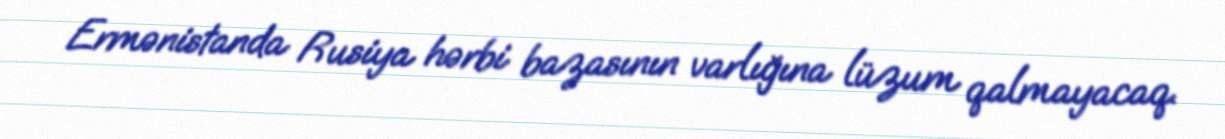
Ermənistanda Rusiya hərbi bazasının varlığına lüzum qalmayacaq.